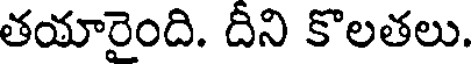
తయారైంది. దీని కొలతలు.